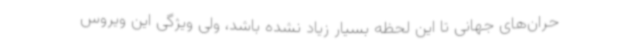
حران‌های جهانی تا این لحظه بسیار زیاد نشده باشد، ولی ویژگی این ویروس